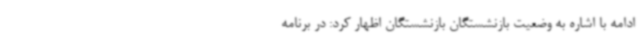
ادامه با اشاره به وضعیت بازنشستگان بازنشستگان اظهار کرد: در برنامه